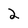
Character: 2